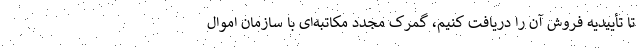
تا تأییدیه فروش آن را دریافت کنیم، گمرک مجدد مکاتبه‌ای با سازمان اموال